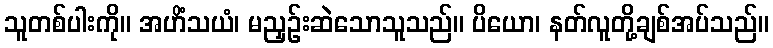
သူတစ်ပါးကို။ အဟိံသယံ၊ မညှဉ်းဆဲသောသူသည်။ ပိယော၊ နတ်လူတို့ချစ်အပ်သည်။